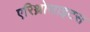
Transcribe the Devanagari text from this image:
एरिथ्रोसाइटस